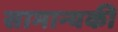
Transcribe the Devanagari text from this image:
सामान्यकी